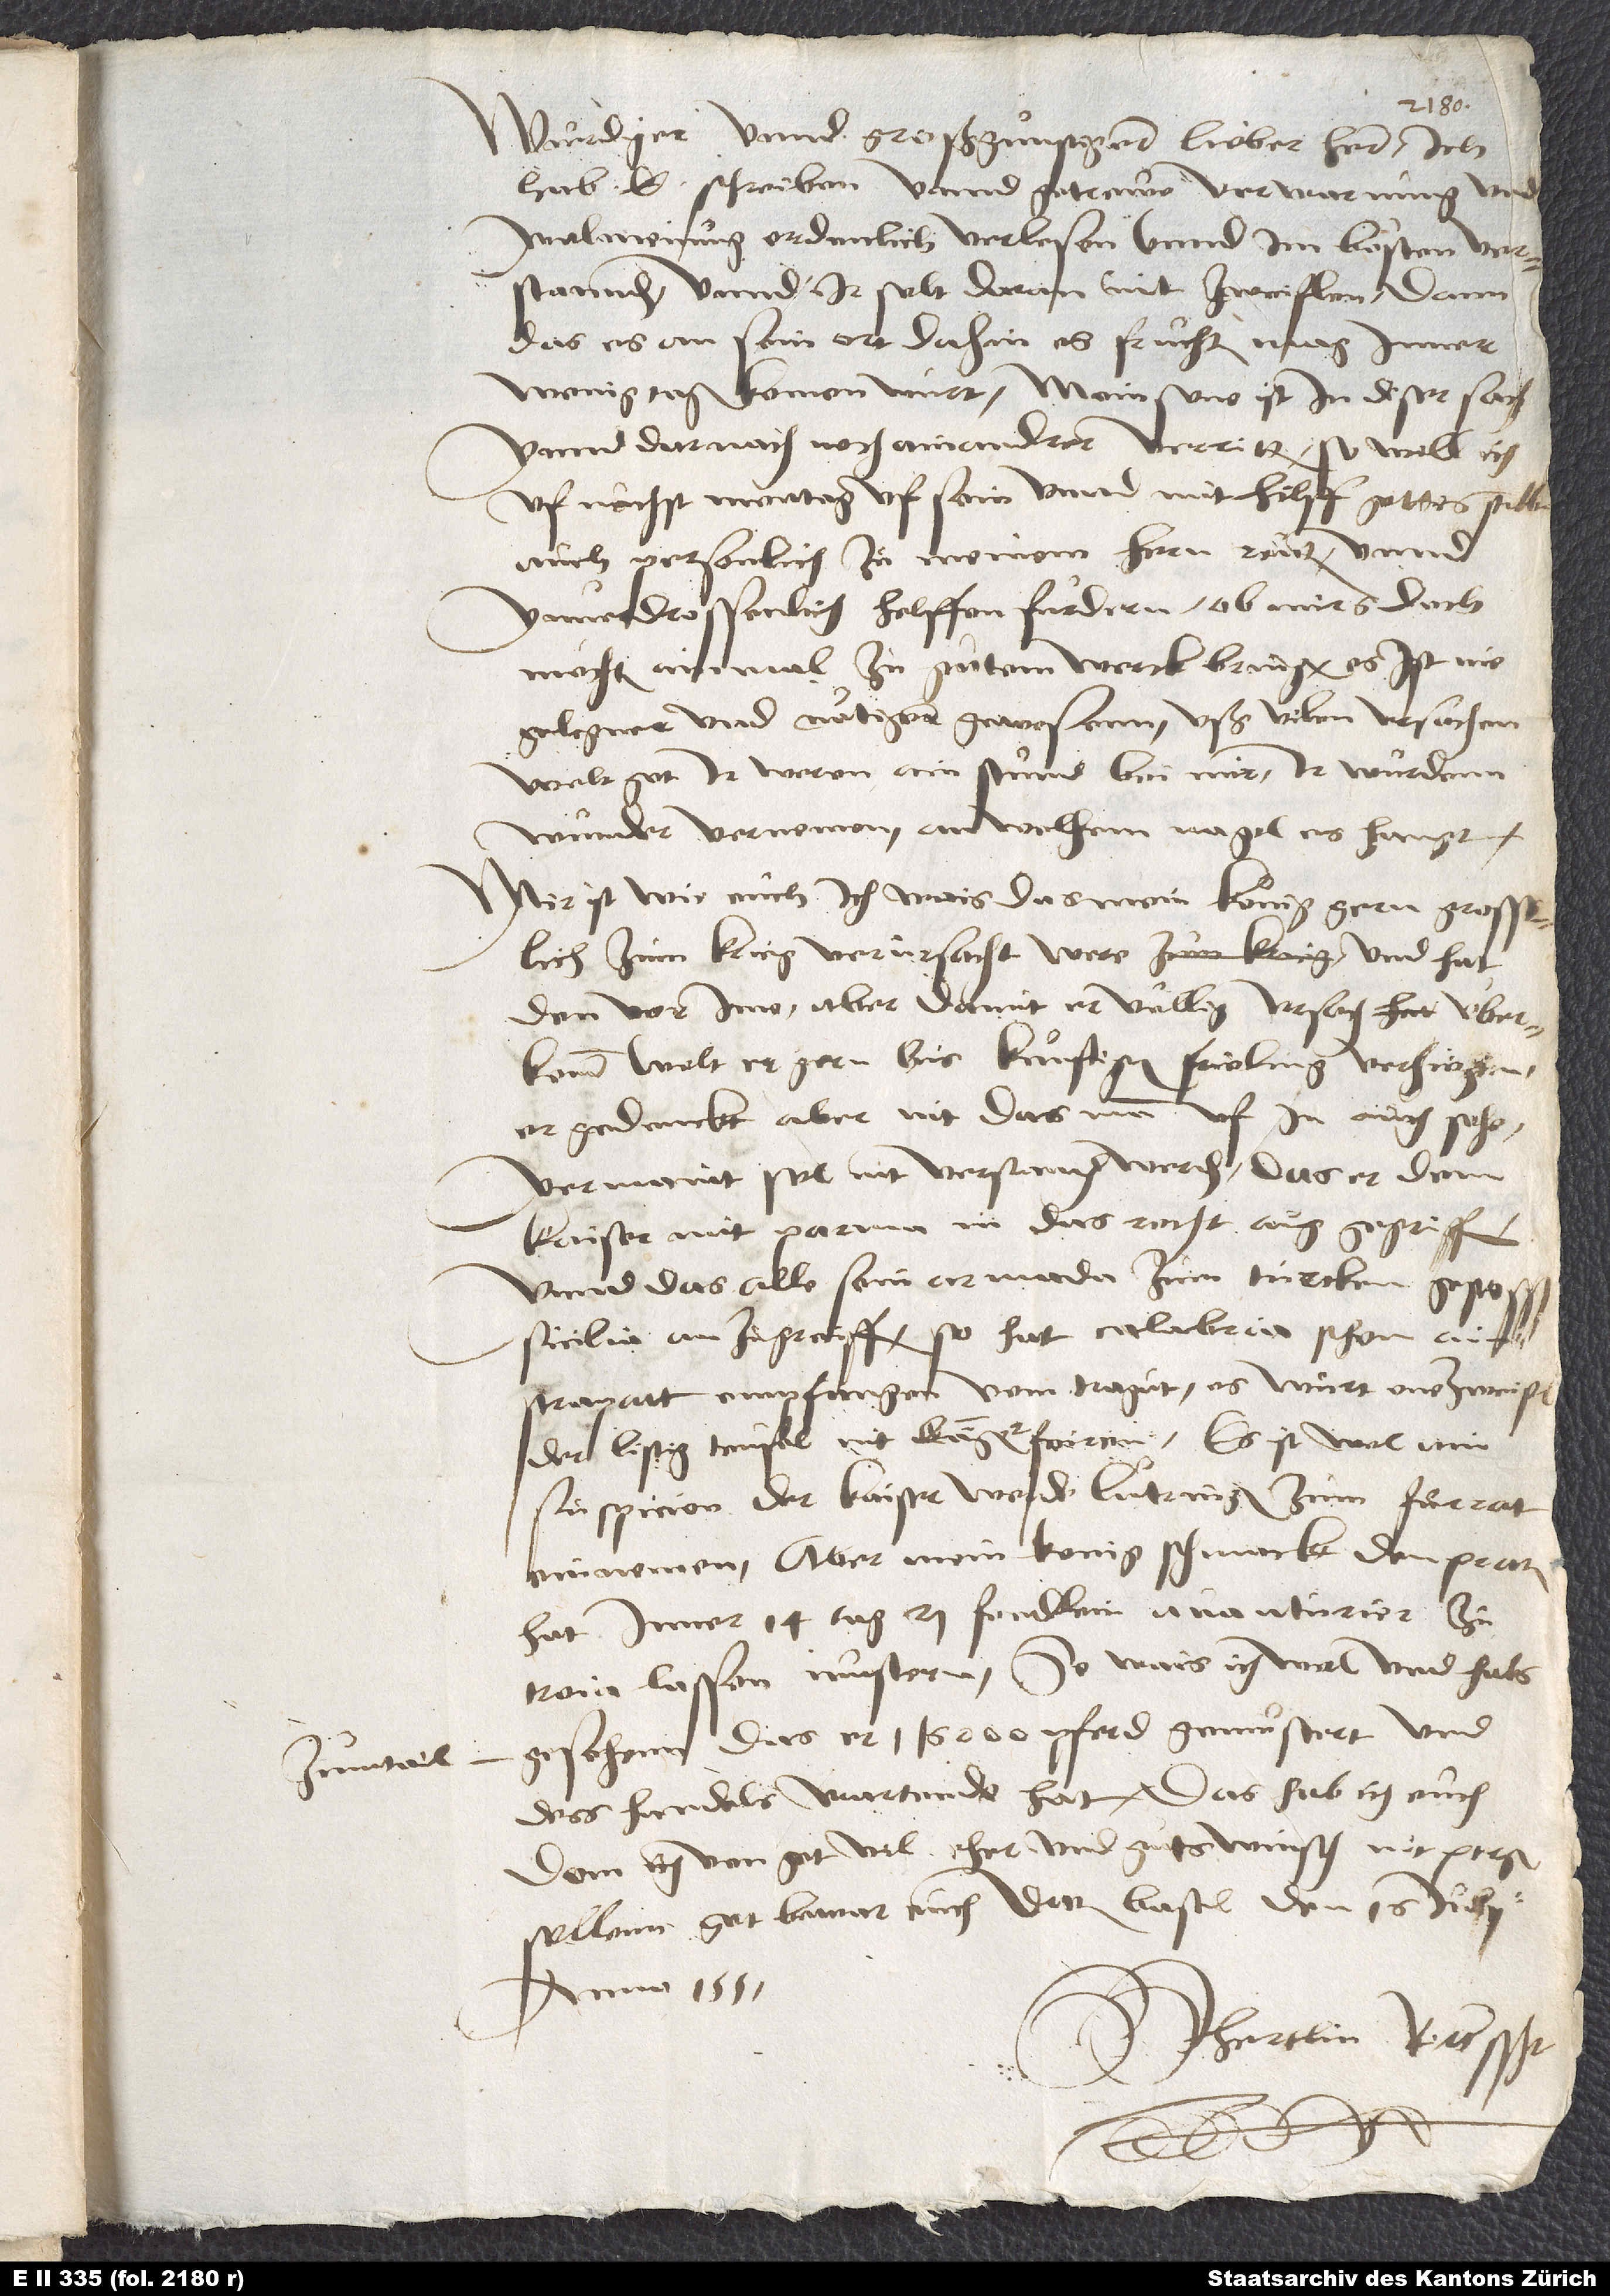
zum tail

Würdiger und großgünstiger, lieber herr, ich
hab e schreiben unnd getrewe verwarnung und
wolmeinung ordenlich verlesen unnd im besten
verstannden, unnd ir solt daran nit zweiflen, dann
das es an sein ort, dahin es fruchten mag, inner
wenig tagen komen würt. Mein sone ist in diser sach
unnd darnach noch ain andrer verritten. So will ich
uf nechst mentag uf sein unnd mit hilff gottes selber
auch personlich zu meinem hern reiten unnd
unverdrossenlich helffen fürdern, ob mirs doch
möchten ainmal zu gutem werck bringen. Es ist nie
gelegner und nötiger gewesenn uß vil ursachen.
Welt got, ir weren ain stund bei mir; ir würden
wunder vernemen, an welchem nagel es hangt.
Mir ist wie euch; ich wais, das mein könig gern grosßlich
zum krieg verursacht were und hat
den vor ime; aber damit er völlig ursach überkomm,
welt er gern bis künftigen frieling verziehen.
Er gedenckt aber nit, das man uf in ouch sehe,
vermaint, sol nit verstanden werden, das er dem
kaiser mit Parma in das recht aug gegriffen
unnd das alle sein armada zum Türcken gestossen,
Sicilia anzegriffen; so hat Calabria schon en
strapatt* empfangen vom Tragut; es wurt one zweifel
der listig teufel nit länger feiren. Es ist wol ain
suspicion, der kaiser werde Lutringen zum furrat
einnemen; aber mein konig schmackt den praten,
hat inner 14 tag 21 fendlin avanturier zuͦ
Troia lassen mustern. So wais ich wol und habs
gesehenn, das er 116000 pferd gemustert und
dess handels wartende hat. Das hab ich euch,
dem ich von got vil eher und guts winsch, nit pergen
sollenn. Got bewar euch. Datum Basel den 16. iulii
anno 1551.